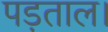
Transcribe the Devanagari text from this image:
पड़ताल।